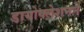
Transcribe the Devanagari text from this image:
डायोक्लेशनने